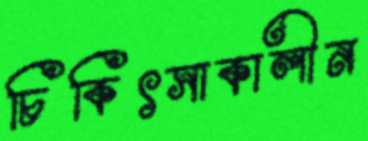
চিকিৎসাকালীন